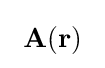
\ \mathbf {A} \!\left(\mathbf {r} \right)\